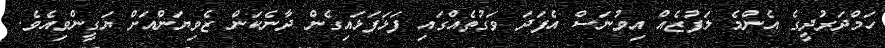
ހަމްދަރުދީގެ އެންމެ ލަފުޒެއް އިވުނަސް އެފަދަ ވަގުތެއްގައި ފަޅަފަޅައިގެން ދާނެކަން ޒެވިޔަންއަށް ޔަގީންވިއެވެ.